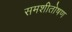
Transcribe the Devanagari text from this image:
समशीतोषण